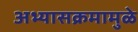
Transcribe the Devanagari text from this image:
अभ्यासक्रमामुळे